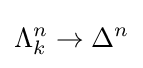
\Lambda _{k}^{n}\to \Delta ^{n}